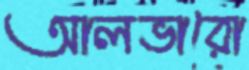
আলভারো